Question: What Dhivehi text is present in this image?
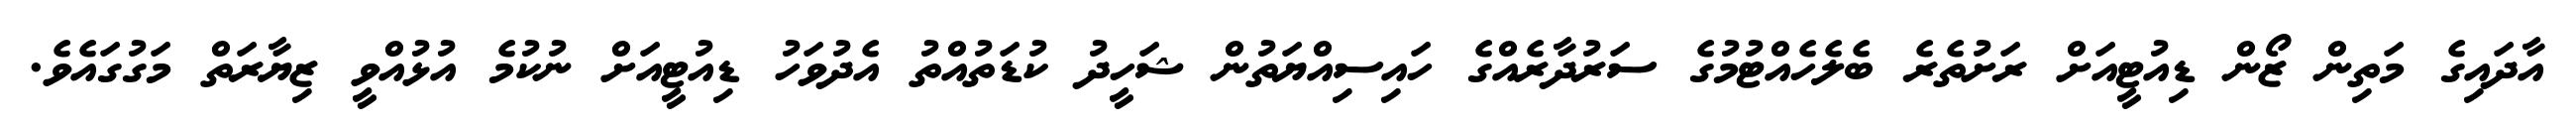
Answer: އާދައިގެ މަތިން ޒޯން ޑިއުޓީއަށް ރަށުތެރެ ބެލެހެއްޓުމުގެ ސަރުދާރެއްގެ ހައިސިއްޔަތުން ޝަހީދު ކުޑަތުއްތު އެދުވަހު ޑިއުޓީއަށް ނުކުމެ އުޅުއްވީ ޒިޔާރަތް މަގުގައެވެ.